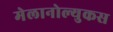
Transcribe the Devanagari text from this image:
मेलानोल्युकस